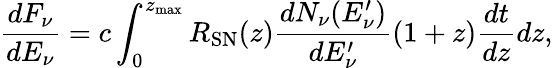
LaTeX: \frac{dF_{\nu}}{dE_{\nu}}=c\int_{0}^{z_{\mathrm{max}}}R_{\mathrm{SN}}(z)\frac{dN_{\nu}(E_{\nu}^{\prime})}{dE_{\nu}^{\prime}}(1+z)\frac{dt}{dz}dz,